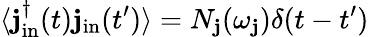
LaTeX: \langle\mathbf{j}_{\mathrm{{in}}}^{\dagger}(t)\mathbf{j}_{\mathrm{{in}}}(t^{\prime})\rangle=N_{\mathbf{j}}(\omega_{\mathbf{j}})\delta(t-t^{\prime})